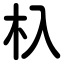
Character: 杁